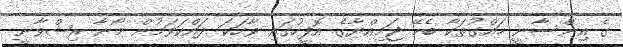
ގެ އިންސާނީ ހައްގުތަކާ ބެހޭ ޖަމިއްޔާގެ އޮފީހުގައި ވާހަކަ ދައްކަވަމުން މޯނާ ރިޝްވާނީ